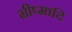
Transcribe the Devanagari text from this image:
ग्रीष्मादि